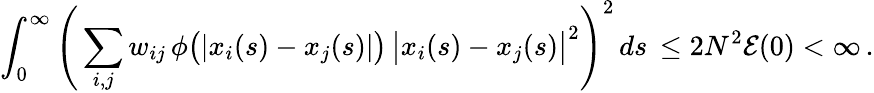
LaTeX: \int_{0}^{\infty}\Bigg(\sum_{i,j}w_{ij}\, \phi\big(|x_{i}(s)-x_{j}(s)|\big)\, \big|x_{i}(s)-x_{j}(s)\big|^{2}\Bigg)^{2}\, ds\, \leq 2N^{2}\mathcal{E}(0)<\infty\, .